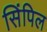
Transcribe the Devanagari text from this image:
सिंपिल